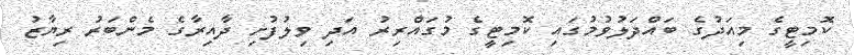
ކޮމިޓީގެ މިއަދުގެ ބައްދަލުވުމުގައި ކޮމިޓީގެ މުގައްރިރު އަދި ވިލުފުށި ދާއިރާގެ މެންބަރު ރިޔާޒު